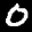
Label: 0